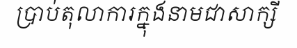
ប្រាប់តុលាការក្នុងនាមជាសាក្សី